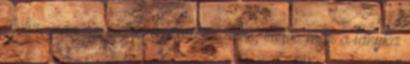
Júlia, már az életbe-lépése kezdetén, illetve már a lányka